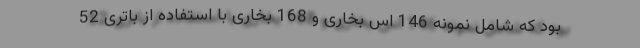
بود که شامل نمونه 146 اس بخاری و 168 بخاری با استفاده از باتری 52